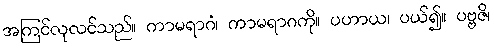
အကြင်လုလင်သည်။ ကာမရာဂံ၊ ကာမရာဂကို။ ပဟာယ၊ ပယ်၍။ ပဗ္ဗဇိ၊